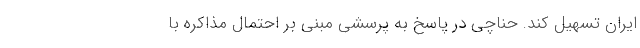
ایران تسهیل کند. حناچی در پاسخ به پرسشی مبنی بر احتمال مذاکره با